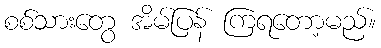
စစ်သားတွေ အိမ်ပြန် ကြရတော့မည်။